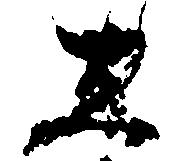
し